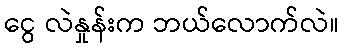
ငွေ လဲနှုန်းက ဘယ်လောက်လဲ။